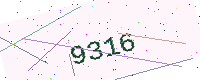
Text: 9316